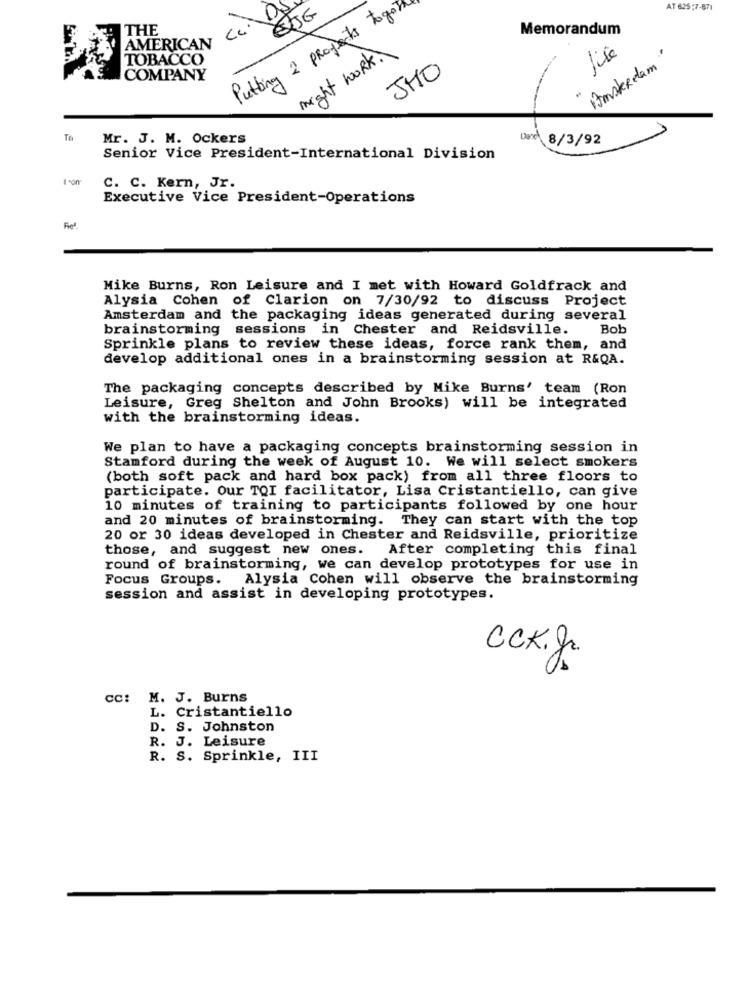
c D
Putting 2 projects togor
ETJE
AT 625:7-671
THE
Memorandum
AMERICAN
might work .\
TOBACCO
lise
1mskRelam"
JHO
COMPANY
To
Mr. J. M. Ockers
Dane 8/3/92
Senior Vice President-International Division
C. C. Kern, Jr.
Executive Vice President-Operations
Mike Burns, Ron Leisure and I met with Howard Goldfrack and
Alysia Cohen of Clarion on 7/30/92 to discuss Project
Amsterdam and the packaging ideas generated during several
brainstorming sessions in Chester and Reidsville.
Bob
Sprinkle plans to review these ideas, force rank them, and
develop additional ones in a brainstorming session at R&QA.
The packaging concepts described by Mike Burns' team (Ron
Leisure, Greg Shelton and John Brooks) will be integrated
with the brainstorming ideas.
We plan to have a packaging concepts brainstorming session in
Stamford during the week of August 10. We will select smokers
(both soft pack and hard box pack) from all three floors to
participate. Our TOI facilitator, Lisa Cristantiello, can give
10 minutes of training to participants followed by one hour
and 20 minutes of brainstorming. They can start with the top
20 or 30 ideas developed in Chester and Reidsville, prioritize
those, and suggest new ones. After completing this final
round of brainstorming, we can develop prototypes for use in
Focus Groups. Alysia Cohen will observe the brainstorming
session and assist in developing prototypes.
CCK. J
cc: M. J. Burns
L. Cristantiello
D. S. Johnston
R. J. Leisure
R. S. Sprinkle, III